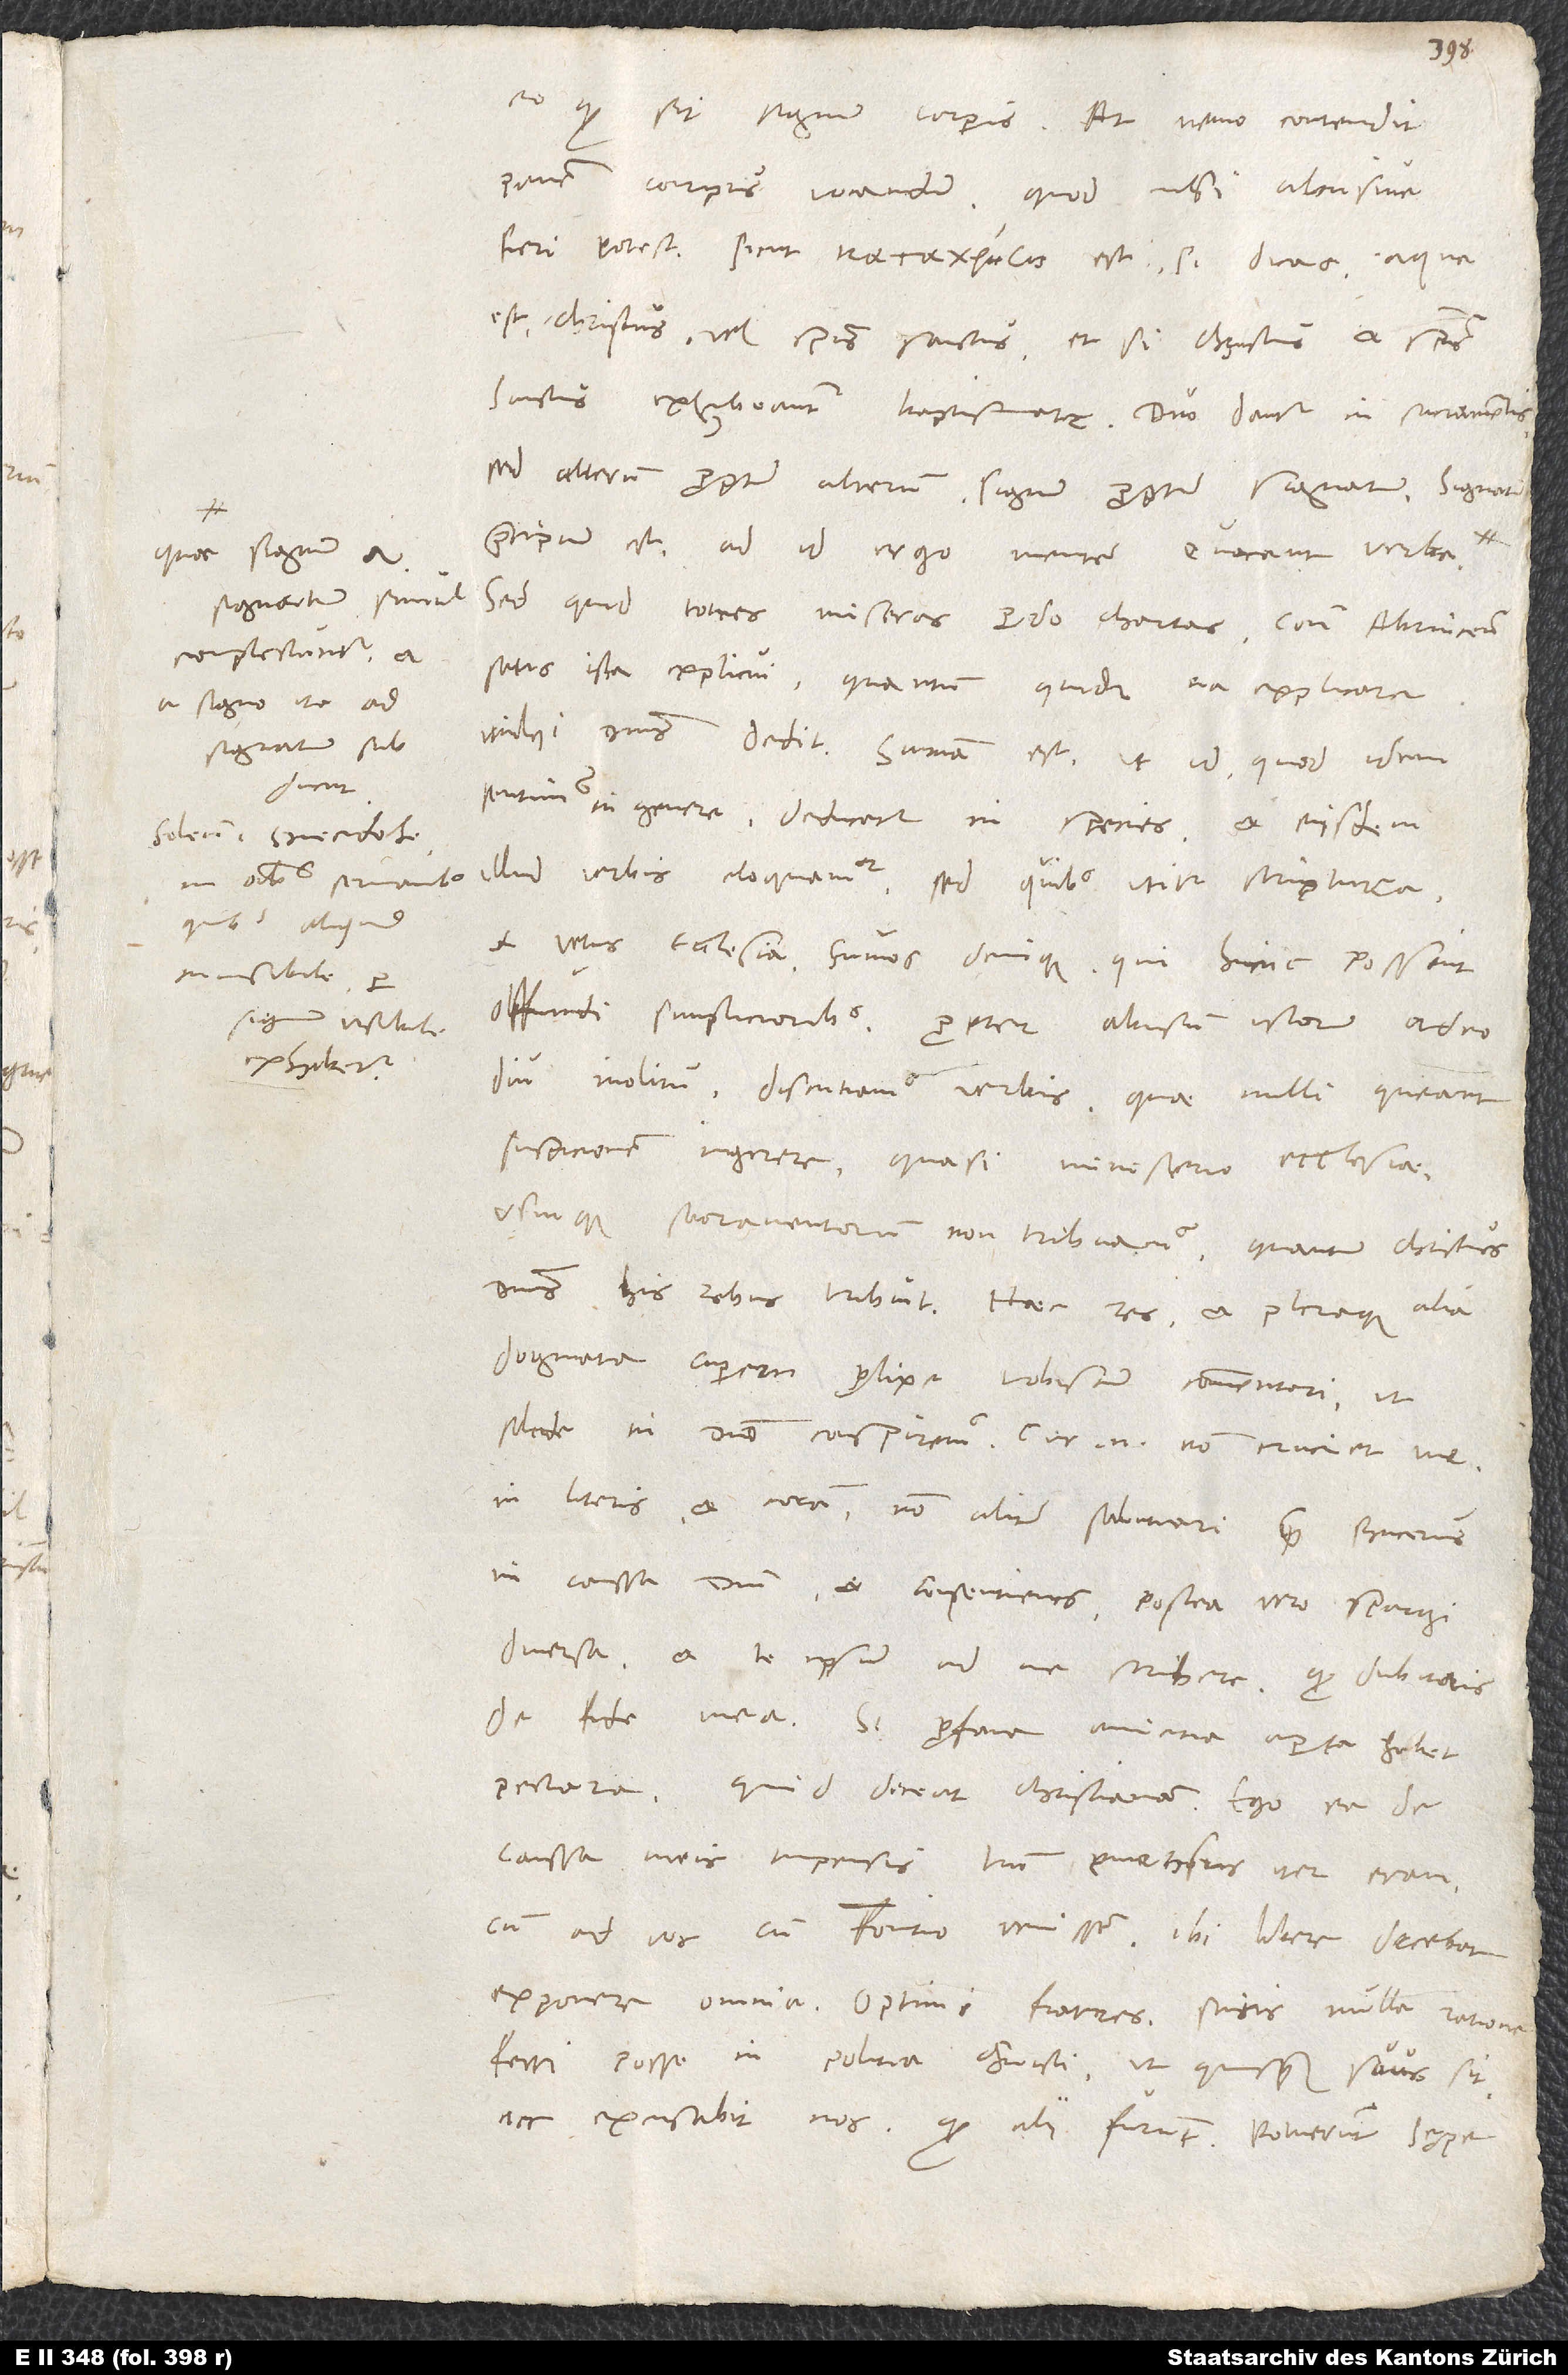
quod sit signum corporis. At nemo contendit
panem corpus vocandum, quod nisi abusive
fieri potest, sicut est, si dicas: aqua
est Christus vel spiritus sanctus, etsi Christus et spiritus
sanctus exhibeantur baptismate. Duo dantur in sacramentis,
sed alterum propter alterum, signum propter signatum. Signatum
praecipuum est, ad id ergo mentem evocant verba,
quae signum et
signatum simul
Sed quid toties miseras perdo chartas? Contra Abrincensem
complectuntur et
satis ista explicui, quantum quidem ea explicare
a signo ita ad
mihi dominus dedit. Summa est, ut id, quod idem
sentimus in genere, deducatur in species et eisdem
quibus aliquid
et vetus ecclesia; fumos denique, qui hinc possint
invisibile per
offundi simplicioribus propter abusum istorum adeo
signum visibile
exhibetur.
diu inolitum, discutamus verbis, quae nulli queant
suspicionem ingerere, quasi ministerio ecclesiae
usuique sacramentorum non tribuamus, quantum Christus
dogmata cuperem prolixe vobiscum commentari, ut
solide in domino conspiremus. Cur enim non cruciet me
in literis et coram non aliter salutari quam Bucerus
in caussa domini et consentiens, postea vero spargi
diversa, et te ipsum ad me scribere, quod dubitaris
de fide mea? Si profana amicitia aperta habet
pectora, quid deceat christianam! Ego ea de
caussa meis impensis tantum emensus iter eram,
cum ad vos cum Fontio venissem. Ibi libere decebat
exponere omnia. Optimi fratres, scitis nulla ratione
ferri posse in politia Christi, ut quisque suus sit,
nec excusabit nos, quod alii furiunt. Potuerunt saepe summi